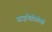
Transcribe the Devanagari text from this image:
साइनेप्टोसोमों